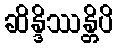
ဆိန္ဒိဿန္တိပိ